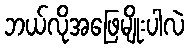
ဘယ်လိုအဖြေမျိုးပါလဲ